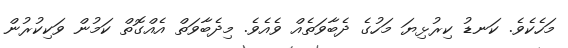
މަހެކެވެ. ކަނޑު ކިރުޅިޔަ މަހުގެ ދެބާވަތެއް ވެއެވެ. މިދެބާވަތް އެއްގޮތް ކަމުން ވަކިކުރުން